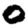
Digit: 0